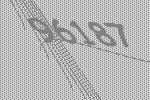
96187